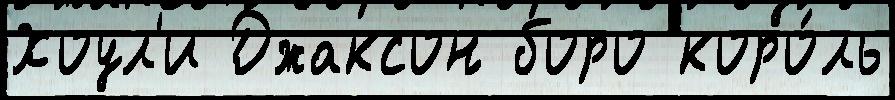
Хоул'и Джаксон боро коро́ль